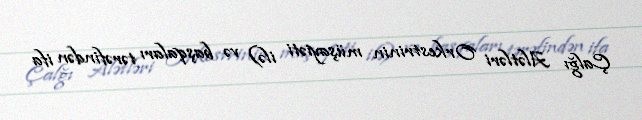
Çalğı Alətləri Orkestrinin müşayiəti ilə) və başqaları tərəfindən ifa